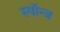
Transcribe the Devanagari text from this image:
स्पॉन्ज